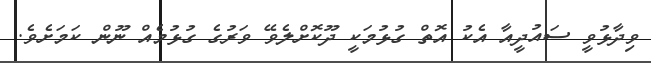
ވިދާޅުވީ ސައުދީއާ އެކު އޮތް ގުޅުމަކީ ދޫކޮށްލެވޭ ވަރުގެ ގުޅުމެއް ނޫން ކަމަށެވެ.